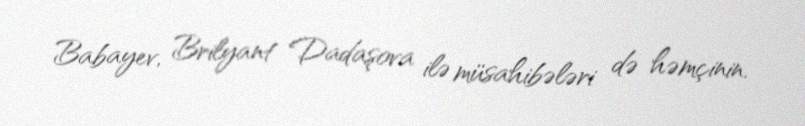
Babayev, Brilyant Dadaşova ilə müsahibələri də həmçinin.